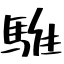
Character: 騅